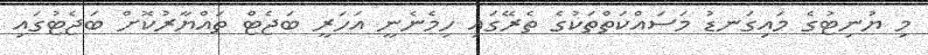
މި ޔުނިޓުގެ މައިގަނޑު މަސައްކަތްތަކުގެ ތެރޭގައި ހިމެނެނީ އަހަރީ ބަޖެޓް ތައްޔާރުކޮށް ބަޖެޓުގައި